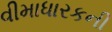
વીમાધારકની